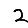
Digit: 2